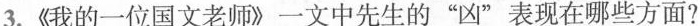
3.《我的一位国文老师》一文中先生的”凶”表现在哪些方面?